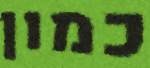
כמון